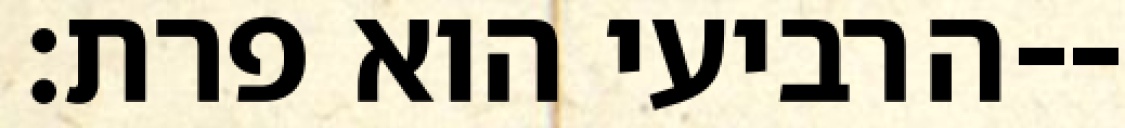
הרביעי הוא פרת׃--